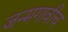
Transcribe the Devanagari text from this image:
जन्मगावीच